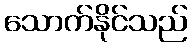
သောက်နိုင်သည်